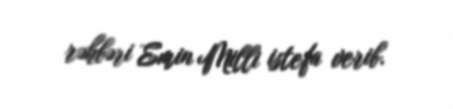
rəhbəri Emin Milli istefa verib.